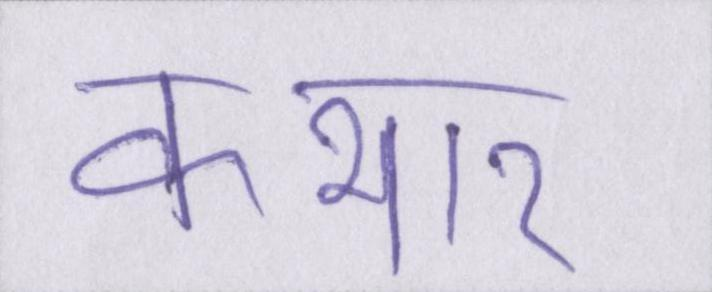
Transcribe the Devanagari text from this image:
कभार